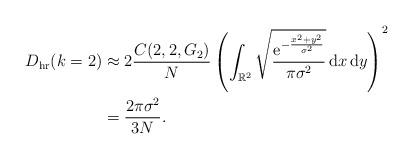
LaTeX: \begin{align*}D_\textrm{hr}(k=2)&\approx 2\frac{C(2,2,G_{2})}{N} \left( \int_{\mathbb{R}^2}\sqrt{\frac{\mathrm{e}^{-\frac{x^2+y^2}{\sigma^2}}}{ \pi \sigma^2}}\, \mathrm{d}x \, \mathrm{d}y\right)^2\\&=\frac{2\pi\sigma^2}{3N}.\end{align*}